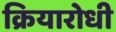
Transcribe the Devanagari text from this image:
क्रियारोधी